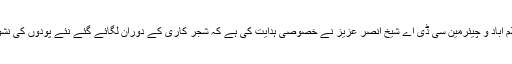
انہوں نے کہا کہ میئر اسلام آباد و چیئرمین سی ڈی اے شیخ انصر عزیز نے خصوصی ہدایت کی ہے کہ شجر کاری کے دوران لگائے گئے نئے پودوں کی نشوونما کو یقینی بنایا جائے۔